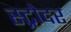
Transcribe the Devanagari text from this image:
स्ट्रोदर